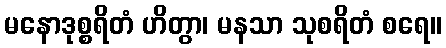
မနောဒုစ္စရိတံ ဟိတွာ၊ မနသာ သုစရိတံ စရေ။